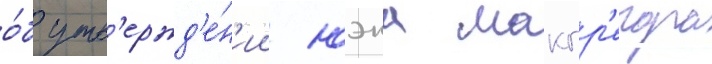
о́б утв'ержд'е́н'ии юэна макгр'егора